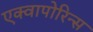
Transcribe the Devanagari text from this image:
एक्वापोरिन्स